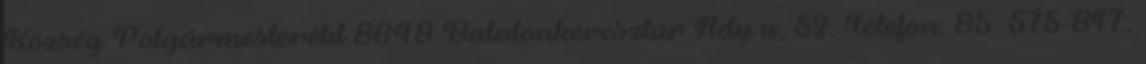
Község Polgármesterétıl 8648 Balatonkeresztúr Ady u. 52. Telefon: 85 575-817,